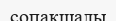
сопақшалы